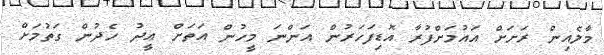
މާލެއިން ރަށަށް އައުމަށްފުރާ އޮޑިފަހަރުން އަންނަ މީހުން އަތަށް ޢީދު ހެދުން ގަތުމަށް